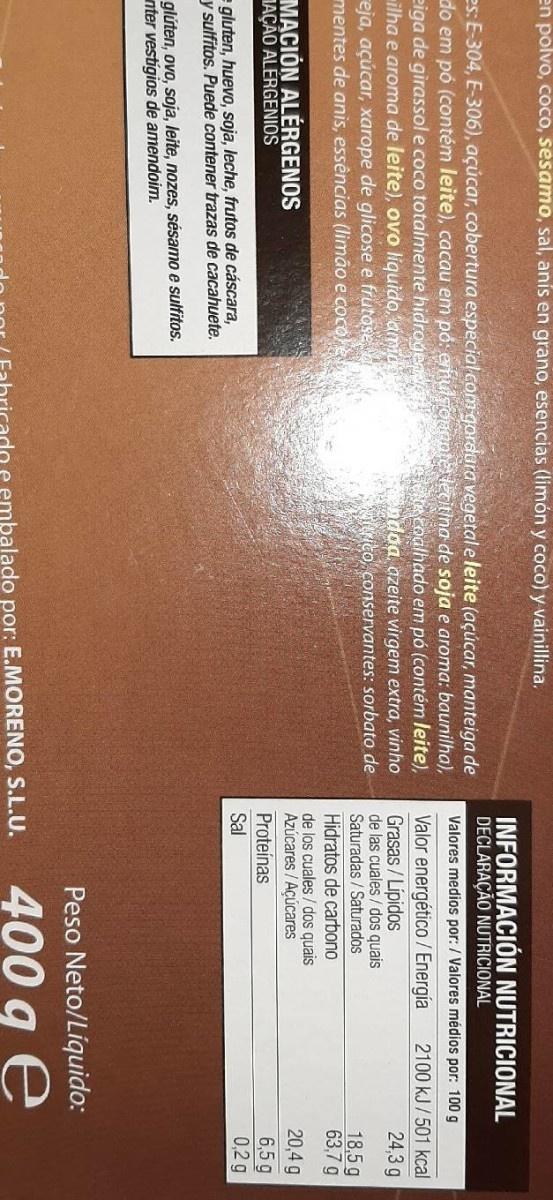
en polvo, coco, sesamo, sal, anís en grano, esencias (limón y coco) y vainillina.
INFORMACIÓN NUTRICIONAL DECLARAÇÃO NUTRICIONAL
es: E-304, E-306), açúcar, cobertura especial.com gardura vegetal e leite (açúcar, manteiga de do em pó (contém leite), cacau em pó: enuisidaante lecitina de soja e aroma: baunilha), eiga de girassol e coco totalmente hidroge ilha e aroma de leite), ovo liquido, amid eja, açúcar, xarope de glicose e frutose mentes de anis, essências (limão e cocole
Valores medios por: / Valores médios por: 100 g
Valor energético /Energía Grasas / Lípidos de las cuales / dos quais Saturadas / Saturados
2100 kJ/501 kcal
SeR Coalhado em pó (contém leite), ndoa azeite virgem extra, vinho ito, conservantes: sorbato de
24,3 g
18,5g 63,7 g
Hidratos de carbono
de los cuales / dos quais Azúcares / Açúcares
20,4 g
MẠCIÓN ALÉRGENOS MAÇÃO ALÉRGENIOS
6,5 g 0,2g
Proteínas
Sal
e gluten, huevo, soja, leche, frutos de cáscara, y sulfitos. Puede contener trazas de cacahuete.
glúten, ovo, soja, leite, nozes, sésamo e sulfitos. nter vestigios de amendoim.
Peso Neto/Liquido:
400 g e
embalado por: E.MORENO, S.L.U.